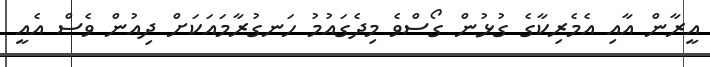
އީރާން އާއި އެމެރިކާގެ ގުޅުން ގޯސްވެ މިދެގައުމު ހަނގުރާމައަކަށް ދިއުން ވެސް އެއީ